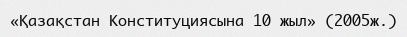
«Қазақстан Конституциясына 10 жыл» (2005ж.)